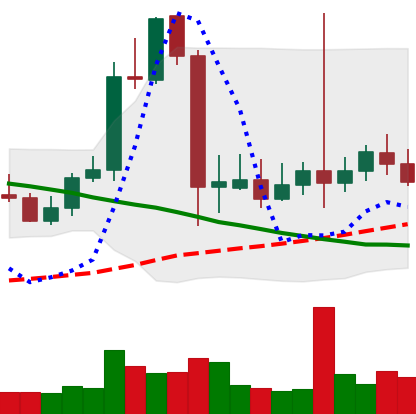
Ticker: LTC-USD
Chart end date: 2021-09-17
Forward return: -10.169%
Label: down_7plus